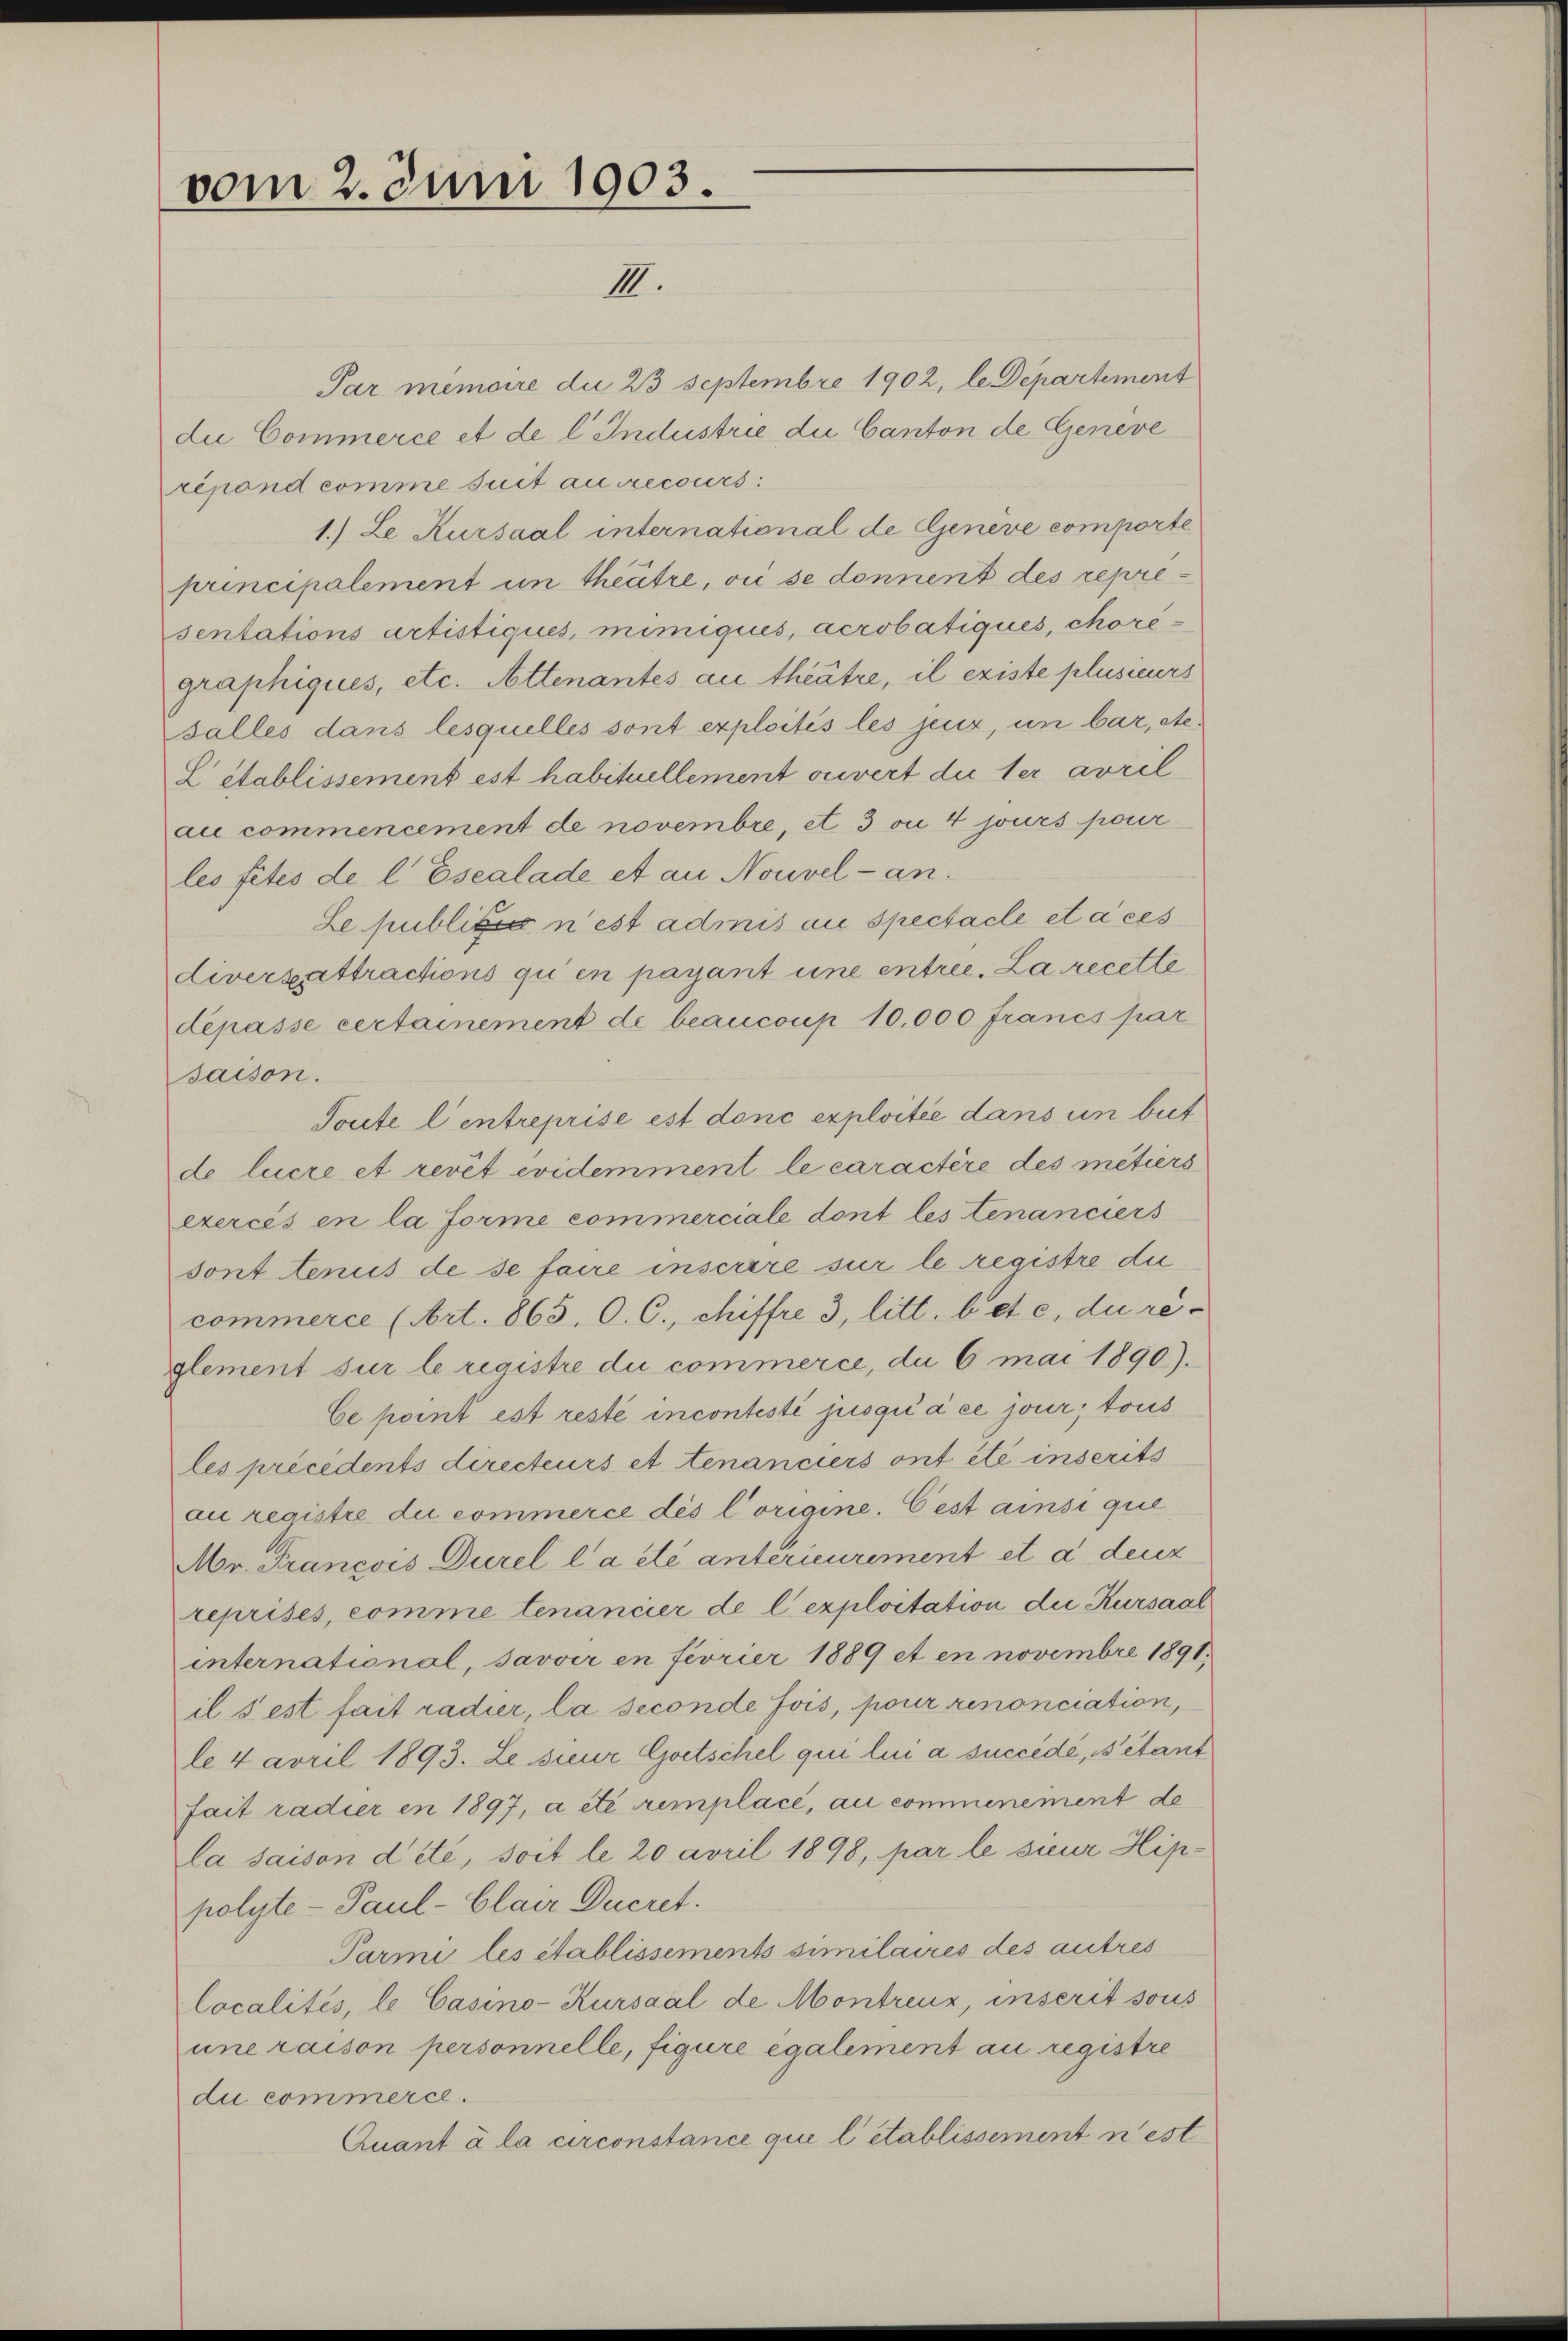
vom 2. Juni 1903.
IIII.

Par memoire die 23 Septembre 1902, le Departement
die Commerce et de l. Industrie die Canton de Genève
répond comme suit au recours :
1.) Le Kursaal international de Genève comporte
principalement in theitre, vii se donnent des representations artistiques, mimiques, acrobatiques, choregraphiques, etc. Attenantes au theätze, il existe plusieurs
salles dans lesquelles sont exploités les jeur, un bar, etc.
Létablissement est habituellement ouvert du ter avrel
au commencement de novembre, et 3 on 4 jours pour
les fites de l. Escalade et au Nouvel - an.
Le publi n’est admis au spectacle etaces
Liverzattractions qui en payant une entree. La recette
dépasse certainement de beaucoup 10,000 Francs par
saison.
Toute l’entreprise est donc exploitié dans un beit
de lucre et revet evidemment le caractère des métiers
exercés en la forme commerciale dont les tenanciers
sont tenus de se faire inscrire sur le registre du
commerce (Art. 865, C. C., chiffre 3, litt. b et c, du re-
glement sur le registre du commerce, du 6 mai 1890).
Ce point est resté incontesti jusqu’à ce jour, tous
les précédents directeurs et tenanciers ont été inserits
au registre du commerce dès l’origine. Cest ainsi que
Mr. Francois Durel l a été antérieurement et a deux
reprises, comme tenancier de l’exploitation die Kursaal
international, Javver en feorier 1889 et en novembre 1891,
il s’est fait radier, la seconde fois, pour renonciation,
le 4 april 1893. Le sieur Goetschel qui lui a succédé, étant
fait radier en 1897, a été remplace, au commenement de
la saison dete, soit le 20 avril 1898, par le sieur Hippolyte- Paul - Clair Ducret.
Parmi les établissements similaires des autres
localités, le Casino-Kursaal de Montreuz, inscrit sous
une raison personnelle, figure également au registre
du commerce.
Quant à la circonstance qui l’établissement n’est